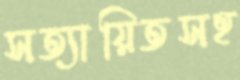
সত্যায়িতসহ